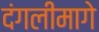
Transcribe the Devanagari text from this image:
दंगलीमागे